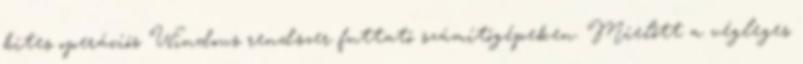
bites operációs Windows rendszer futtató számítógépeken. Mielőtt a végleges